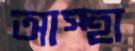
আস্হা